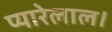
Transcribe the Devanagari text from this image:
प्यारेलाल।